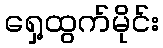
ရှေ့ထွက်မိုင်း